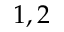
1 , 2